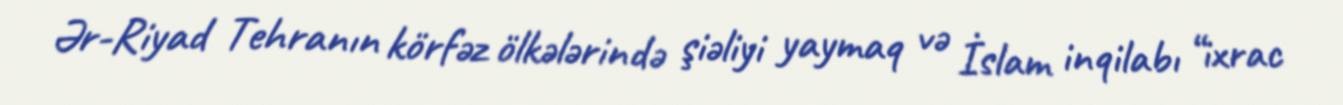
Ər-Riyad Tehranın körfəz ölkələrində şiəliyi yaymaq və İslam inqilabı “ixrac